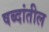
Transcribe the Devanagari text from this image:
षब्दांतील